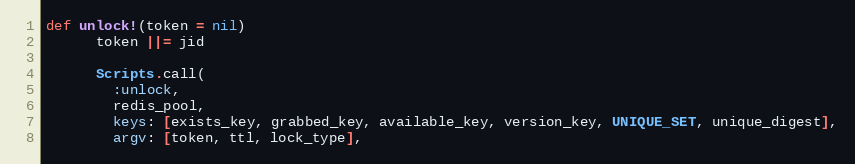
Language: Ruby
def unlock!(token = nil)
      token ||= jid

      Scripts.call(
        :unlock,
        redis_pool,
        keys: [exists_key, grabbed_key, available_key, version_key, UNIQUE_SET, unique_digest],
        argv: [token, ttl, lock_type],